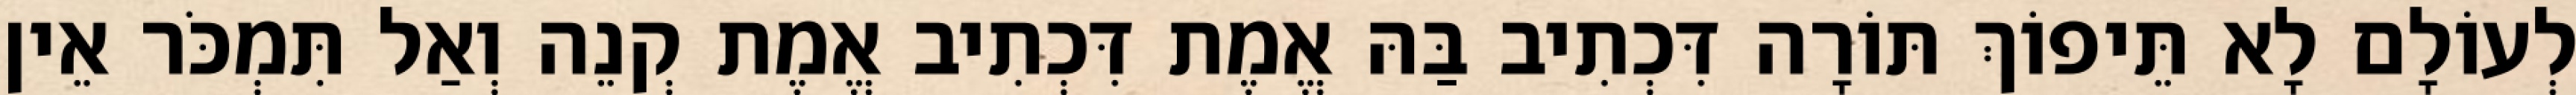
לְעוֹלָם לָא תֵּיפוֹךְ תּוֹרָה דִּכְתִיב בַּהּ אֱמֶת דִּכְתִיב אֱמֶת קְנֵה וְאַל תִּמְכֹּר אֵין